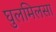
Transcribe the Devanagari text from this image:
घुलमिलसा